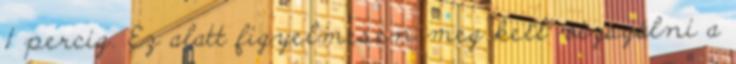
1 percig. Ez alatt figyelmesen meg kell vizsgálni a